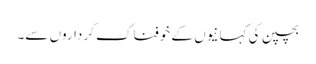
بچپن کی کہانیوں کے خوفناک کرداروں سے۔